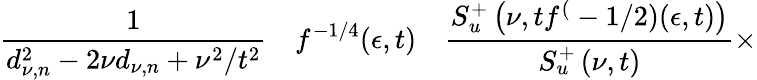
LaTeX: \frac 1{d_{\nu,n}^{2}-2\nu d_{\nu,n}+\nu^{2}/t^{2}}\quad f^{-1/4}(\epsilon,t)\quad\frac{S_{u}^{+}\left(\nu,tf^{(}-1/2)(\epsilon,t)\right)}{S_{u}^{+}\left(\nu,t\right)}\times